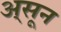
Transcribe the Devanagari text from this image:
अ्सून